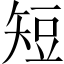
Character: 短